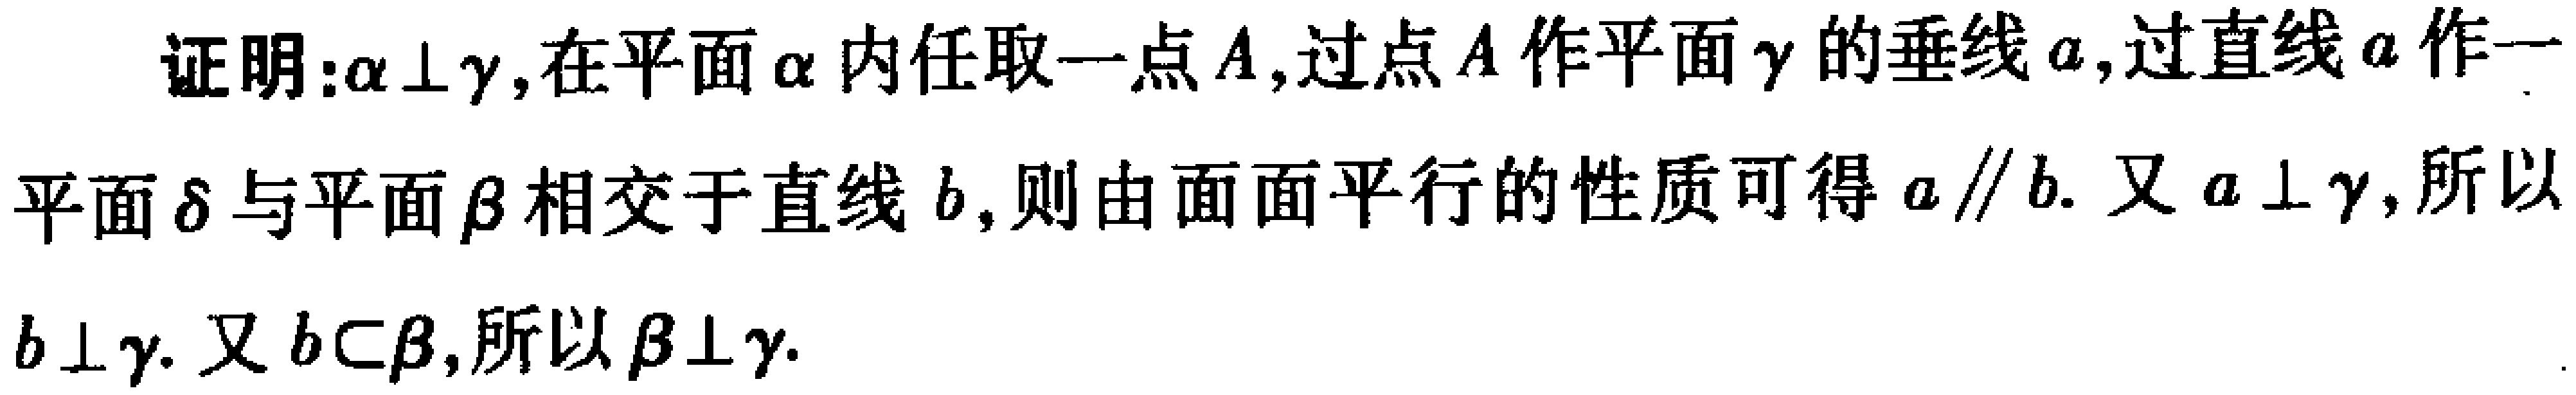
证明：$\alpha\perp\gamma$，在平面$\alpha$内任取一点$A$，过点$A$作平面$\gamma$的垂线$a$，过直线$a$作一平面$\delta$与平面$\beta$相交于直线$b$，则由面面平行的性质可得$a\parallel b$. 又$a\perp\gamma$，所以$b\perp\gamma$. 又$b\subset\beta$，所以$\beta\perp\gamma$.